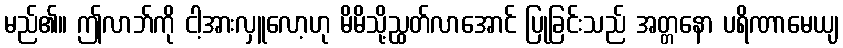
မည်၏။ ဤလာဘ်ကို ငါ့အားလှူလော့ဟု မိမိသို့ညွှတ်လာအောင် ပြုခြင်းသည် အတ္တနော ပရိဏာမေယျ